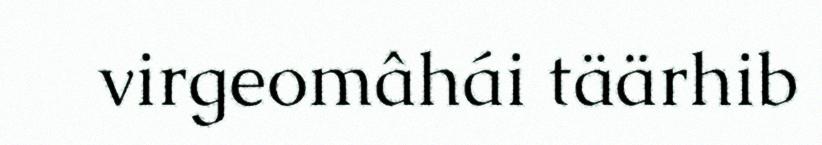
virgeomâhái täärhib